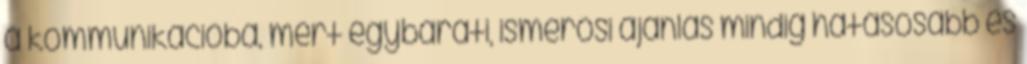
a kommunikációba, mert egybaráti, ismerősi ajánlás mindig hatásosabb és